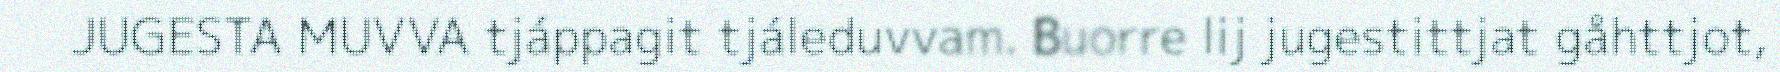
JUGESTA MUVVA tjáppagit tjáleduvvam. Buorre lij jugestittjat gåhttjot,